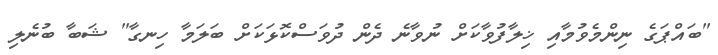
"ބައްޕަގެ ނިންމެވުމާއި ޚިލާފުވާކަށް ނުވާނެ ދެން ދުވަސްކޮޅަކަށް ބަލަމާ ހިނގާ" ޝަބާ ބުނެލި